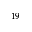
^ { 1 9 }